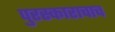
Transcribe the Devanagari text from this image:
पुरस्काराचाच